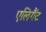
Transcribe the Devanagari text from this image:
एलिगैंट